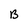
Character: B